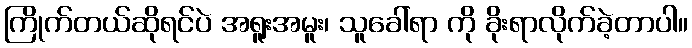
ကြိုက်တယ်ဆိုရင်ပဲ အရူးအမူး၊ သူခေါ်ရာ ကို ခိုးရာလိုက်ခဲ့တာပါ။